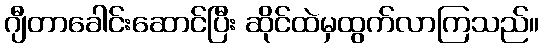
ဂျီတာခေါင်းဆောင်ပြီး ဆိုင်ထဲမှထွက်လာကြသည်။